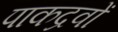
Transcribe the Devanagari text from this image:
पाकद्रवों